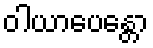
ဝါယာပေန္တော